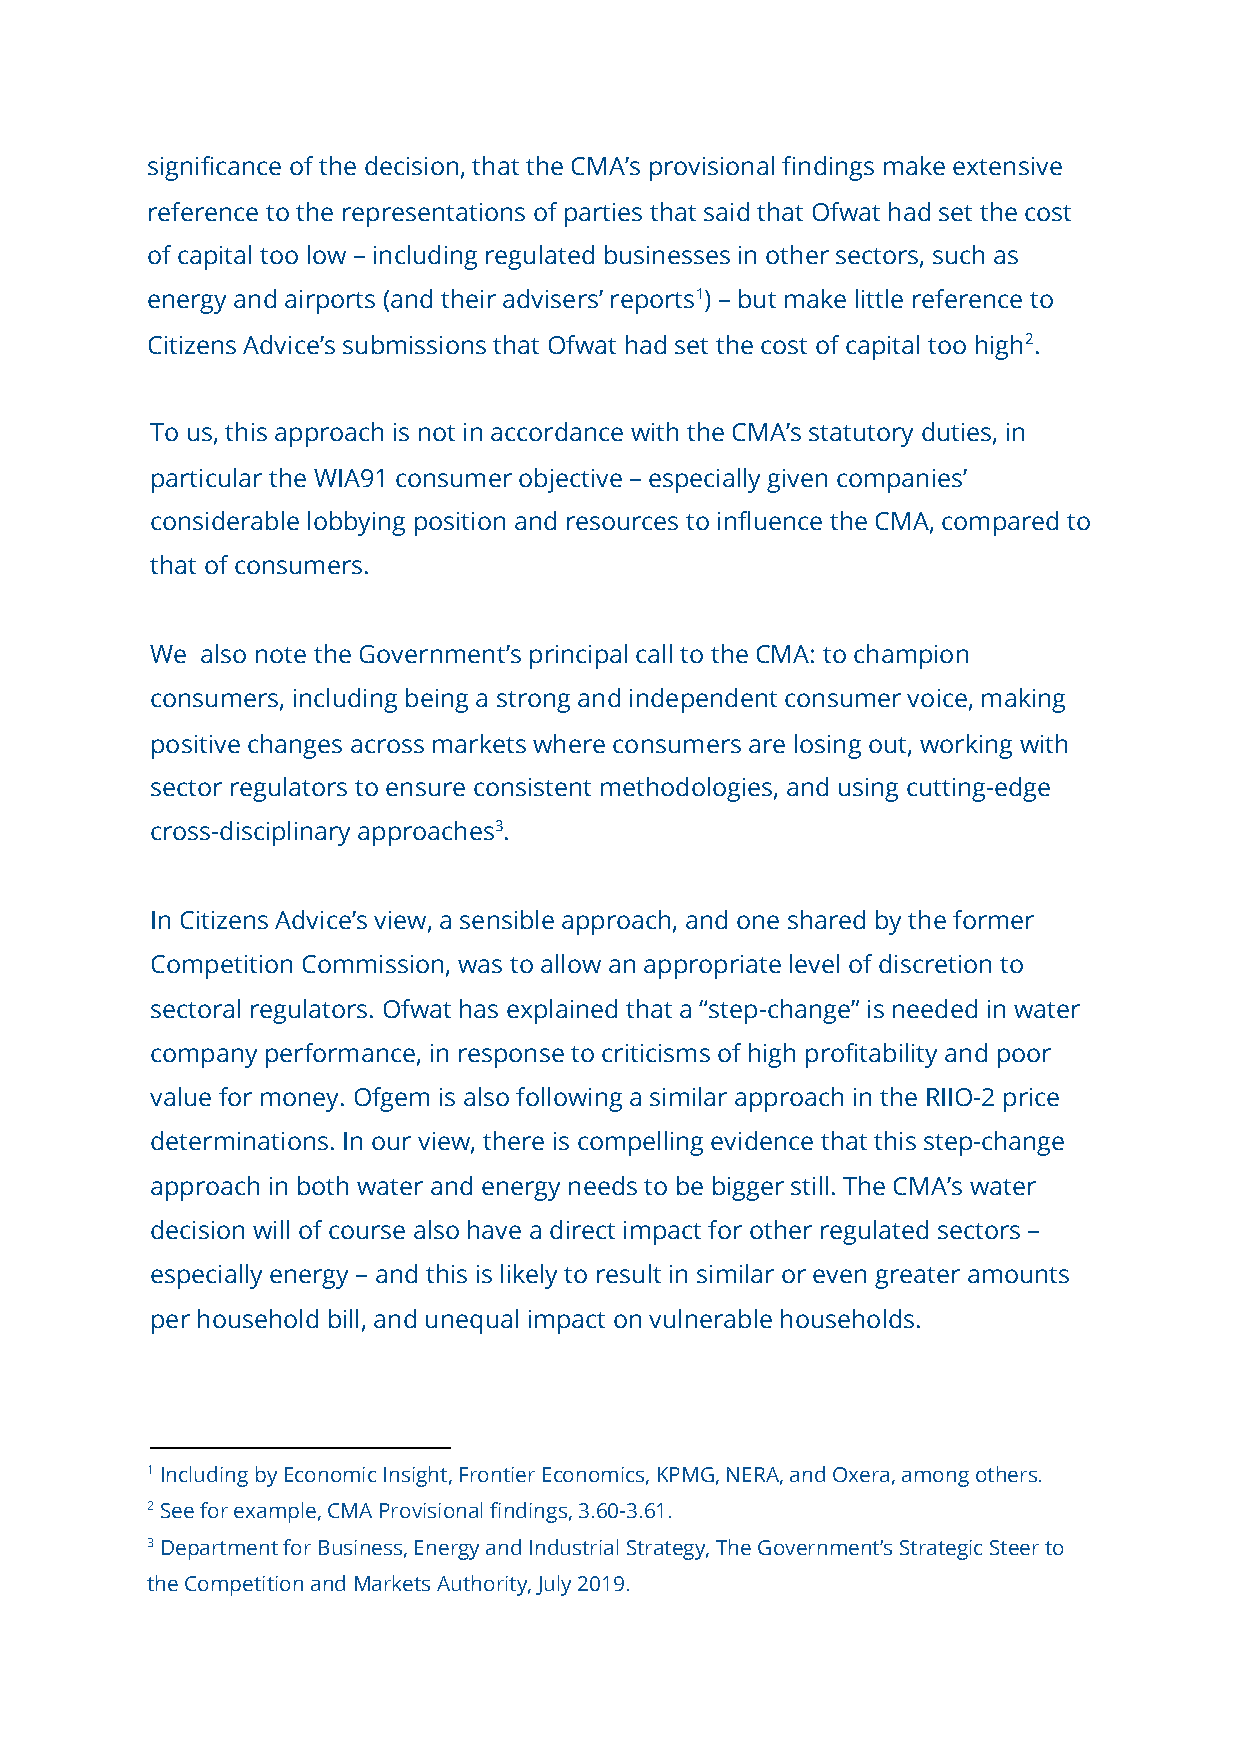
significance of the decision, that the CMA’s provisional findings make extensive
 reference to the representations of parties that said that Ofwat had set the cost
 of capital too low – including regulated businesses in other sectors, such as
 energy and airports (and their advisers’ reports​1)​ – but make little reference to
 Citizens Advice’s submissions that Ofwat had set the cost of capital too high​2.​
 To us, this approach is not in accordance with the CMA’s statutory duties, in
 particular the WIA91 consumer objective – especially given companies’
 considerable lobbying position and resources to influence the CMA, compared to
 that of consumers.
 We also note the Government’s principal call to the CMA: to champion
 consumers, including being a strong and independent consumer voice, making
 positive changes across markets where consumers are losing out, working with
 sector regulators to ensure consistent methodologies, and using cutting-edge
 cross-disciplinary approaches​3.​
 In Citizens Advice’s view, a sensible approach, and one shared by the former
 Competition Commission, was to allow an appropriate level of discretion to
 sectoral regulators. Ofwat has explained that a “step-change” is needed in water
 company performance, in response to criticisms of high profitability and poor
 value for money. Ofgem is also following a similar approach in the RIIO-2 price
 determinations. In our view, there is compelling evidence that this step-change
 approach in both water and energy needs to be bigger still. The CMA’s water
 decision will of course also have a direct impact for other regulated sectors –
 especially energy – and this is likely to result in similar or even greater amounts
 per household bill, and unequal impact on vulnerable households.
 1 Including by Economic Insight, Frontier Economics, KPMG, NERA, and Oxera, among others.
 2 See for example, CMA Provisional findings, 3.60-3.61.
 3 Department for Business, Energy and Industrial Strategy, The Government’s Strategic Steer to
 the Competition and Markets Authority, July 2019.